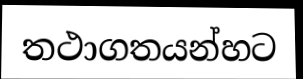
තථාගතයන්හට